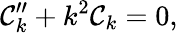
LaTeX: {\cal C}_{k}^{\prime\prime}+k^{2}{\cal C}_{k}=0,